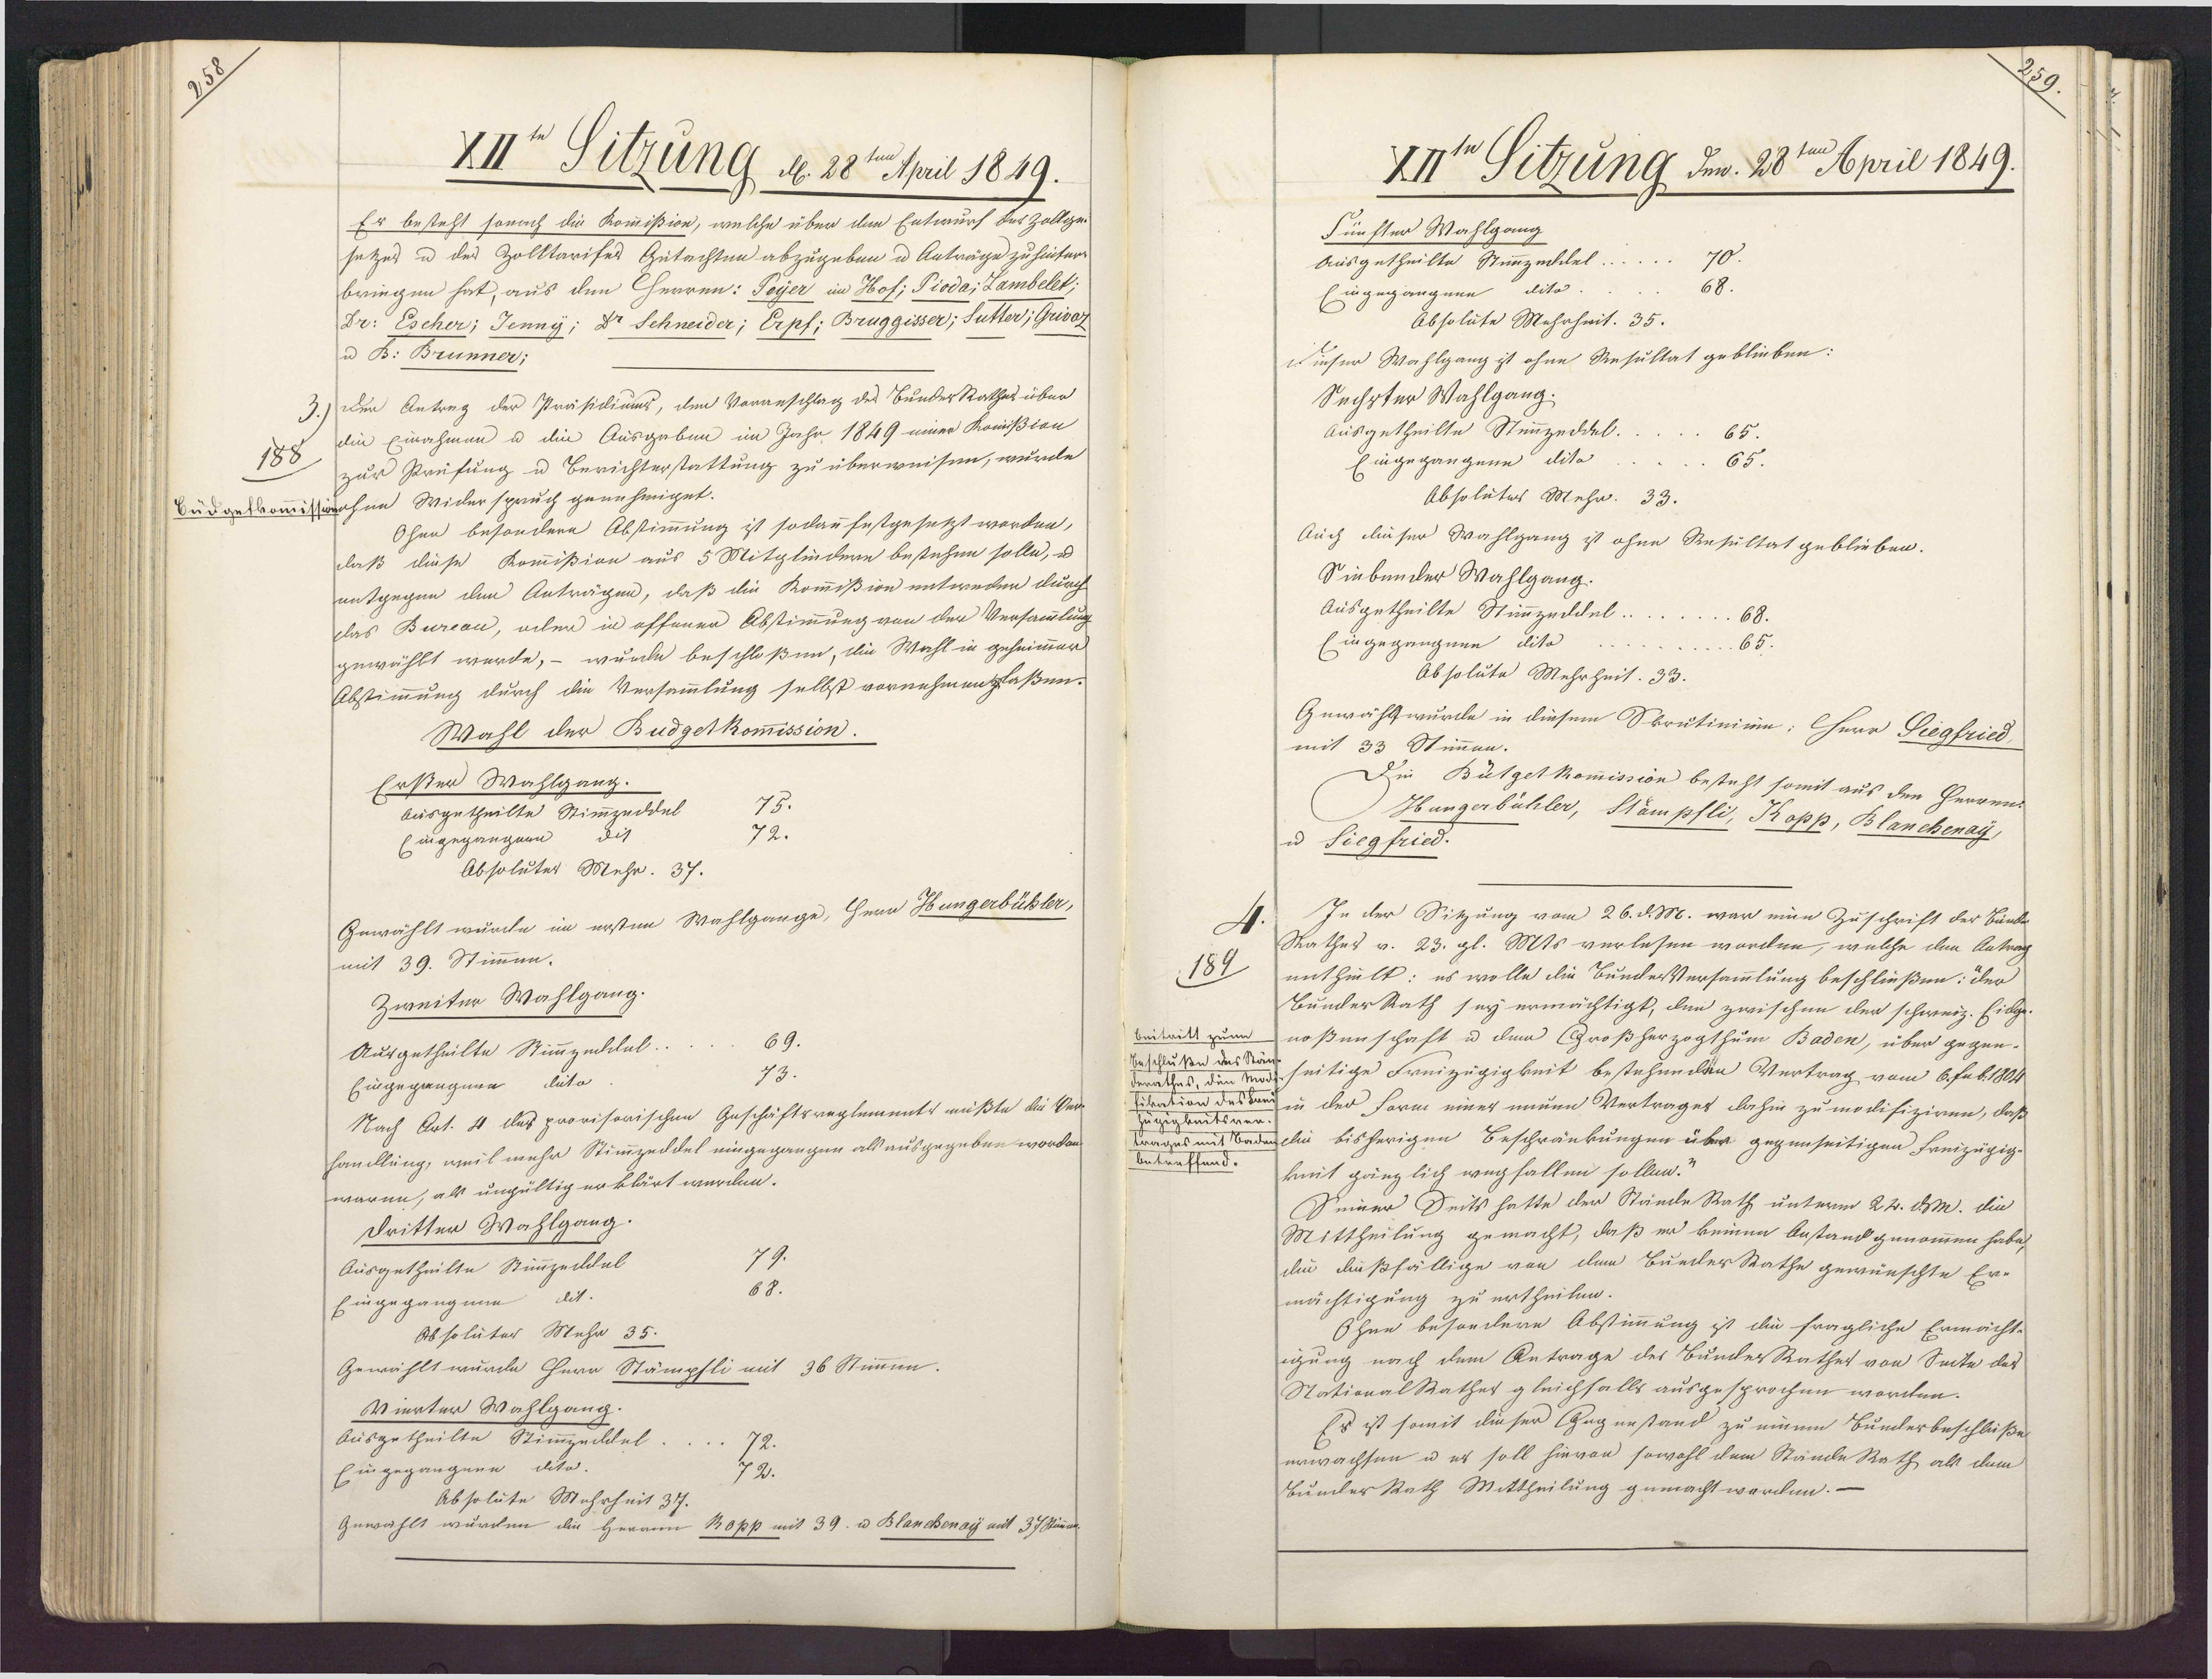
XII" Sitzung d. 28te April 1849.
Er besteht sonach die Kommißion, welche über dem Entwurf des Zollge¬
setzes u des Zolktarifes Gutachten abzugeben u Anträge zu hinter¬
bringen hat, aus den Herren: Peyer im Hof; Pioda; Lambelet;
Dr: Escher; Jenny; Dr Schneider; Erpf: Bruggisser : Sutter/ Grivoz
u B: Brunner:
der Antrag der Präsidiums, den Voranschlag des BunderRathes über
die Einahmen u die Ausgaben im Jahr 1849 einer Komißion
188
zur Prüfung u Berichterstattung zu überweisen, wurde
Budgelkommisserohne Widerspruch genehmiget.
Ohee besondere Abstimmung ist sodann festgesetzt worden,
daß diese Kommißion aus 5 Mitglindern bestehen solle, u
entgegen den Anträgen, daß die Kommißion entweder durch
das Bureou, oder in offenen Abstimmung von der Versammlung
gewählt werde, – wurde beschloßen, die Wahl in geheimmer
Abstimmung durch die Versammlung selbst vornehmenzlaßen.
Wahl der Budgelkommission.
Erster Wahlgang.
75.
ausgetheilte Stimmzeddel
72.
ingegängeen dit
Absoluter Mehr. 37.
Gewählt wände in ersten Wahlgangs, Her Hungabüble-
mit 39. Stimmen.
Zweiter Wahlgang.
69.
Ausgetheilte Stimmzeddal.
73.
Eingegangnen dito
Nach Art. 4 des provisorischen Geschäftsreglements müßte die Ver¬
handlung, weil mehr Stimmzeddel eingegangen als ausgegeben worden
waren, als ungültig erklärt werden.
Dritter Wahlgang.
79.
Ausgetheilte Stimmzeiltal
68.
Eingegangnne dit.
Absoläter Mehr 35.
Gewählt wurde Herr Stämpfli mit 36 Stimmen.
Vierter Wahlgang.
Ausgetheilte Stimmzecktel
Eingegangnen dito.
22.
Absolute Mahrheit 317.
Gewählt wurden die Herrnn 10pp mit 39. u Blanchenay mit 37 Stina

XI Sitzung den 28te April 1849.
Fünfter Wahlgang
Ausgetheilte Stimmzeidel
ingegangnee dito.
Absolute Mehrheit. 35.
Dinser Wahlgang ist ohne Resultat geblieben:
Sechster Wahlgang;
Ausgetheilte Stimmzeddel.
65.
Eingegangene dita
65.
Absolutes Mehr. 33.
Auch dieser Wahlgang ist ohne Resultat geblieben.
Siebender Wahlgang.
Ausgetheilte Stimmzeildel
Eingegangnen dito.
Absolute Mehrheit. 33.
Gewählwurde in diesem Skrutiniim: Herr Piegfried
mit 33 Stimmen.
Die Butgelkomission besteht somit aus den Herrens
Hungerbühler, Stampfli, Kopp, Blanchenay
u Siegfried.
In der Sitzung vom 26. d. M. war eine Zuschrift der Bünde
4
Rathes v. 23. gl. Mts verlesen worden, welche den Antrag
189
mnthult: es wolle die Bunde Versammlung beschließen: der
BunderRath sey ermächtigt, den zwischen der schweiz. Eidge-
beiteilt zum
noßenschaft u dem Großherzogthum Baden, über gegen-
Beschluße des Stä¬
derathes, den mocseitige Freizugigkeit bestehenden Vertrag vom 6. Fub. 1804
itation des Bend in der Sarm einer neuen Vertrages dahin zu modifiziren, daß
zugiglmtsver¬
trages mit Badenelii bisherigen Beschränkungen über gegenseitigen Freizügig
betreffend.
kmit gänzlich wegfallen sollen:
Seiner Seits hatte der Stände Rath unterm 22. dM. die
Mittheilung gemacht, daß er keinen Anstand genommen habe,
die dießfällige von dem BuederRathe gewünschte Er-
mächtigung zu ertheilen.
Ohne besondere Abstimmung ist die fragliche Ermächt-
igung nach dem Antrage des BunderRathet von Sete der
NationalRather gleichfalls ausgesprochen worden.
Es ist somit dieser Gegenstand zu einem Bunderbeschlüßen
erwachsen u es soll hievon sowohl dem Stände Rath, als dem
Bunder Rath Mittheilung gemacht worden.

E